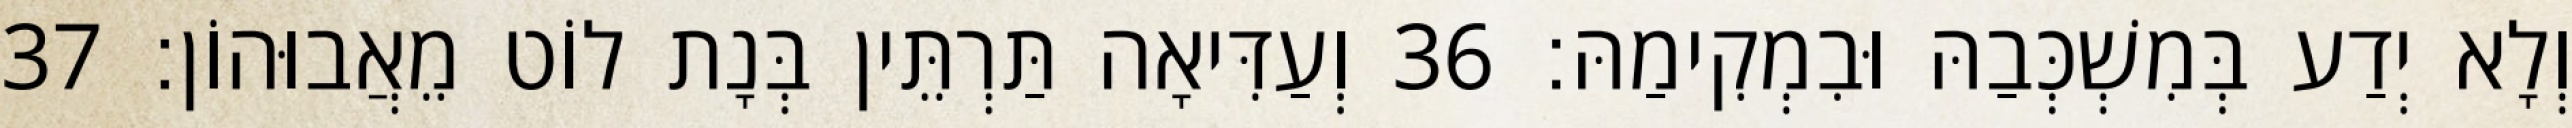
וְלָא יְדַע בְּמִשְׁכְּבַהּ וּבִמְקִימַהּ׃ 36 וְעַדִּיאָה תַּרְתֵּין בְּנָת לוֹט מֵאֲבוּהוֹן׃ 37